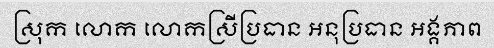
ស្រុក លោក លោកស្រីប្រធាន អនុប្រធាន អង្គភាព